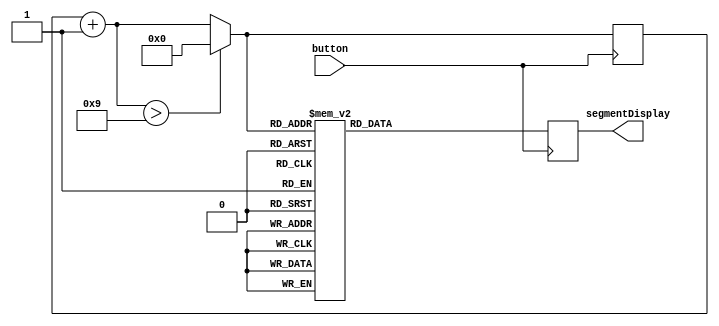
/* Control 7 segment display using push button
 * every press will increase one, 7segment will display from 0-9 
*/

module Display7Segment(
	input button,
	output reg [6:0]segmentDisplay
);

reg[3:0] Inhex;

initial 
begin
		segmentDisplay <= 7'b1111111; //segment will initialize all off 
		Inhex = 4'h0;
end

always @(negedge button)
begin
	Inhex = Inhex + 1;
	if ( Inhex > 9 )
	begin
		Inhex = 0;
	end

case (Inhex)
	4'h0: 
		begin
		segmentDisplay <= 7'b1000000;	
		end
	4'h1: 
		begin
		segmentDisplay <= 7'b1111001;
		end
	4'h2: 
		begin
		segmentDisplay <= 7'b0100100; 
		end
	4'h3: 
		begin
		segmentDisplay <= 7'b0110000; 
		end
	4'h4: 
		begin
		segmentDisplay <= 7'b0011001;
		end
	4'h5: 
		begin
		segmentDisplay <= 7'b0010010;
		end
	4'h6: 
		begin
		segmentDisplay <= 7'b0000010;
		end
	4'h7: 
		begin
		segmentDisplay <= 7'b1111000;
		end
	4'h8: 
		begin
		segmentDisplay <= 7'b0000000;
		end
	4'h9: 
		begin
		segmentDisplay <= 7'b0010000;
		end
	default:
		begin
		segmentDisplay <= 7'b1111111;
		end

endcase
end

endmodule